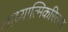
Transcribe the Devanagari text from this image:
आध्यात्मिकरित्या